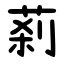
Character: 䓭